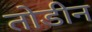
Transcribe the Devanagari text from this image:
तोडीन